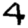
Digit: 4